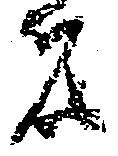
者